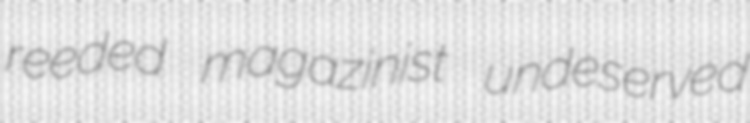
reeded magazinist undeserved